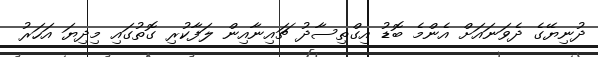
ދުނިޔޭގެ ދެވަނައަށް އެންމެ ބޮޑު އިގްތިސާދު ޗައިނާއިން ލަފާކުރި ގޮތުގައި މިދިޔަ އަހަރު